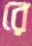
রে